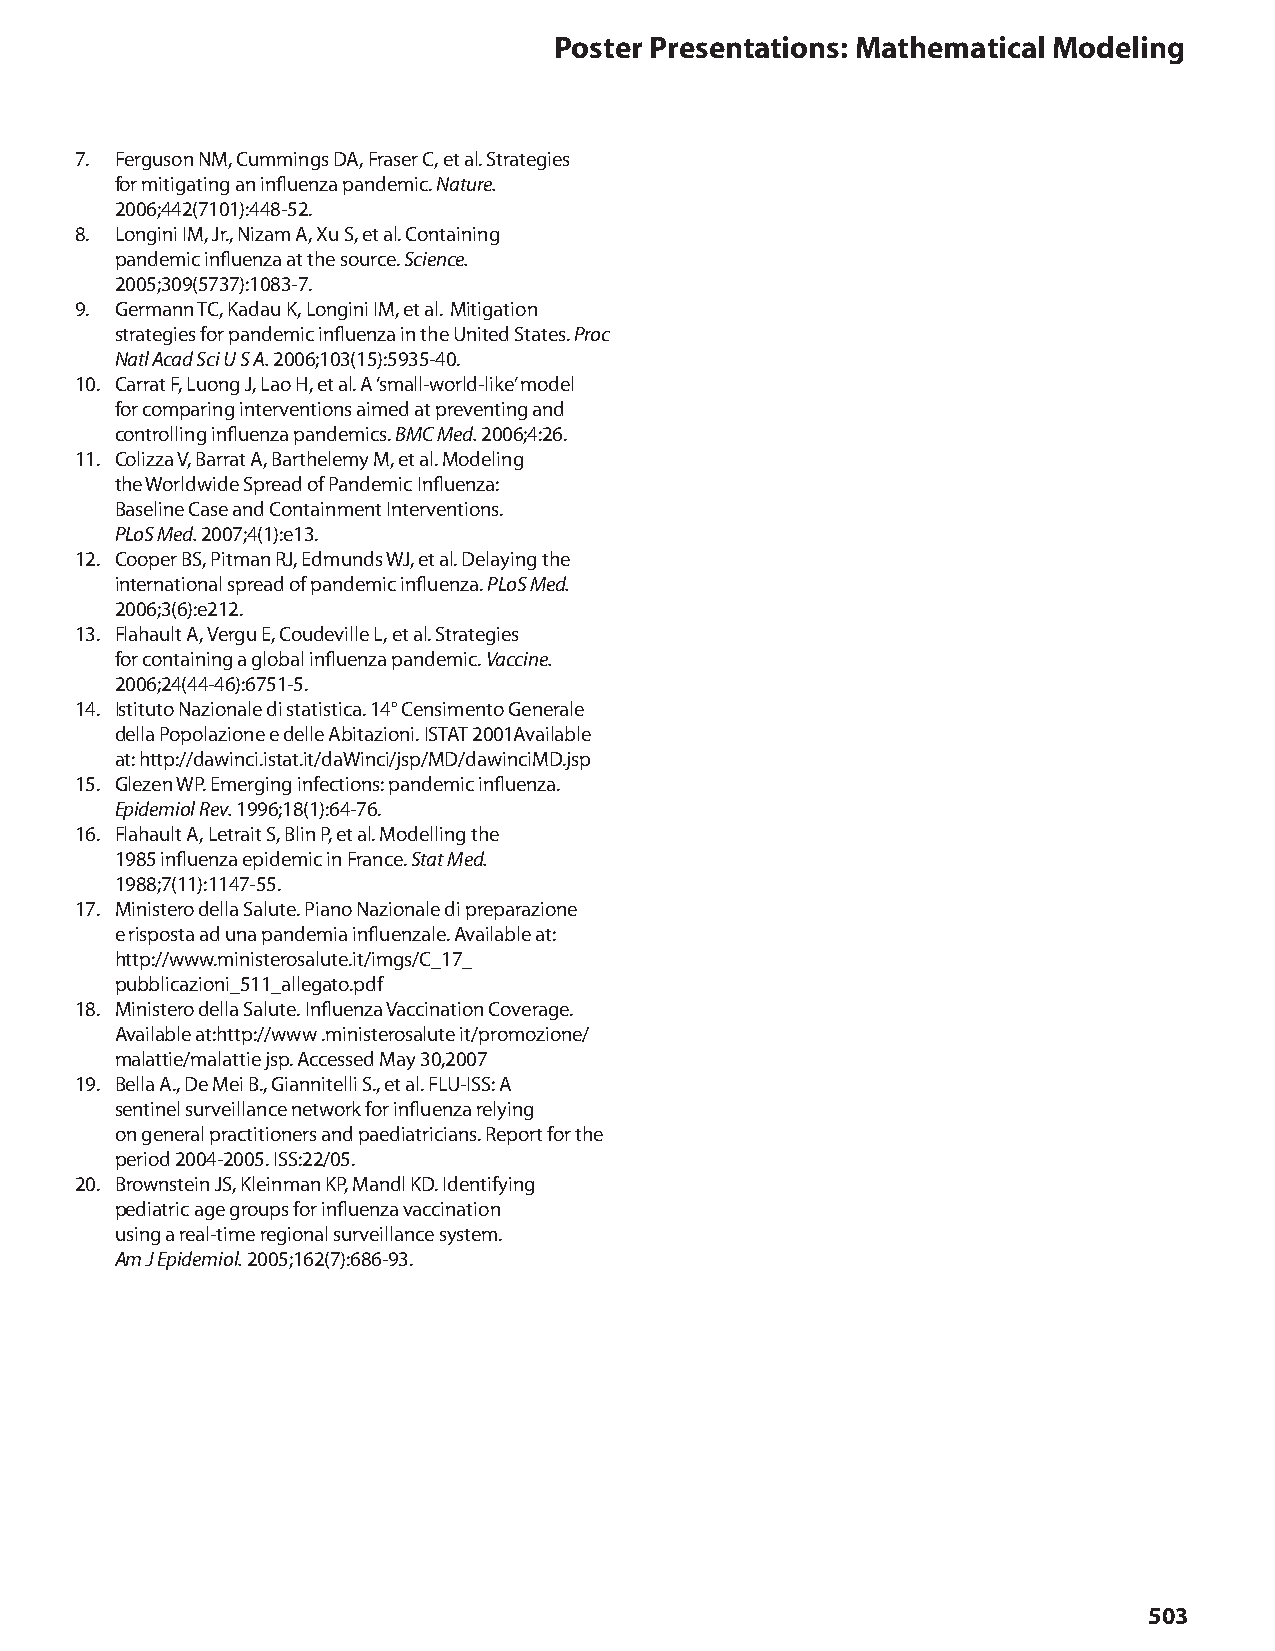
Poster Presentations: Mathematical Modeling
 7. Ferguson NM, Cummings DA, Fraser C, et al. Strategies
 for mitigating an influenza pandemic. Nature.
 2006;442(7101):448-52.
 8. Longini IM, Jr., Nizam A, Xu S, et al. Containing
 pandemic influenza at the source. Science.
 2005;309(5737):1083-7.
 9. Germann TC, Kadau K, Longini IM, et al. Mitigation
 strategies for pandemic influenza in the United States. Proc
 Natl Acad Sci U S A. 2006;103(15):5935-40.
 10. Carrat F, Luong J, Lao H, et al. A ‘small-world-like’ model
 for comparing interventions aimed at preventing and
 controlling influenza pandemics. BMC Med. 2006;4:26.
 11. Colizza V, Barrat A, Barthelemy M, et al. Modeling
 the Worldwide Spread of Pandemic Influenza:
 Baseline Case and Containment Interventions.
 PLoS Med. 2007;4(1):e13.
 12. Cooper BS, Pitman RJ, Edmunds WJ, et al. Delaying the
 international spread of pandemic influenza. PLoS Med.
 2006;3(6):e212.
 13. Flahault A, Vergu E, Coudeville L, et al. Strategies
 for containing a global influenza pandemic. Vaccine.
 2006;24(44-46):6751-5.
 14. Istituto Nazionale di statistica. 14° Censimento Generale
 della Popolazione e delle Abitazioni. ISTAT 2001Available
 at: http://dawinci.istat.it/daWinci/jsp/MD/dawinciMD.jsp
 15. Glezen WP. Emerging infections: pandemic influenza.
 Epidemiol Rev. 1996;18(1):64-76.
 16. Flahault A, Letrait S, Blin P, et al. Modelling the
 1985 influenza epidemic in France. Stat Med.
 1988;7(11):1147-55.
 17. Ministero della Salute. Piano Nazionale di preparazione
 e risposta ad una pandemia influenzale. Available at:
 http://www.ministerosalute.it/imgs/C_17_
 pubblicazioni_511_allegato.pdf
 18. Ministero della Salute. Influenza Vaccination Coverage.
 Available at:http://www .ministerosalute it/promozione/
 malattie/malattie jsp. Accessed May 30,2007
 19. Bella A., De Mei B., Giannitelli S., et al. FLU-ISS: A
 sentinel surveillance network for influenza relying
 on general practitioners and paediatricians. Report for the
 period 2004-2005. ISS:22/05.
 20. Brownstein JS, Kleinman KP, Mandl KD. Identifying
 pediatric age groups for influenza vaccination
 using a real-time regional surveillance system.
 Am J Epidemiol. 2005;162(7):686-93.
 503